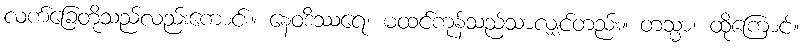
လက်ခြေတို့သည်လည်းကောင်း။ နေဝဒိဿရေ၊ မထင်ကုန်သည်သာလျှင်တည်း။ တသ္မာ၊ ထိုကြောင့်။